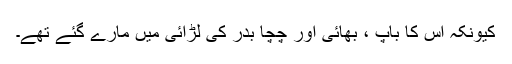
کیونکہ اس کا باپ ، بھائی اور چچا بدر کی لڑائی میں مارے گئے تھے۔